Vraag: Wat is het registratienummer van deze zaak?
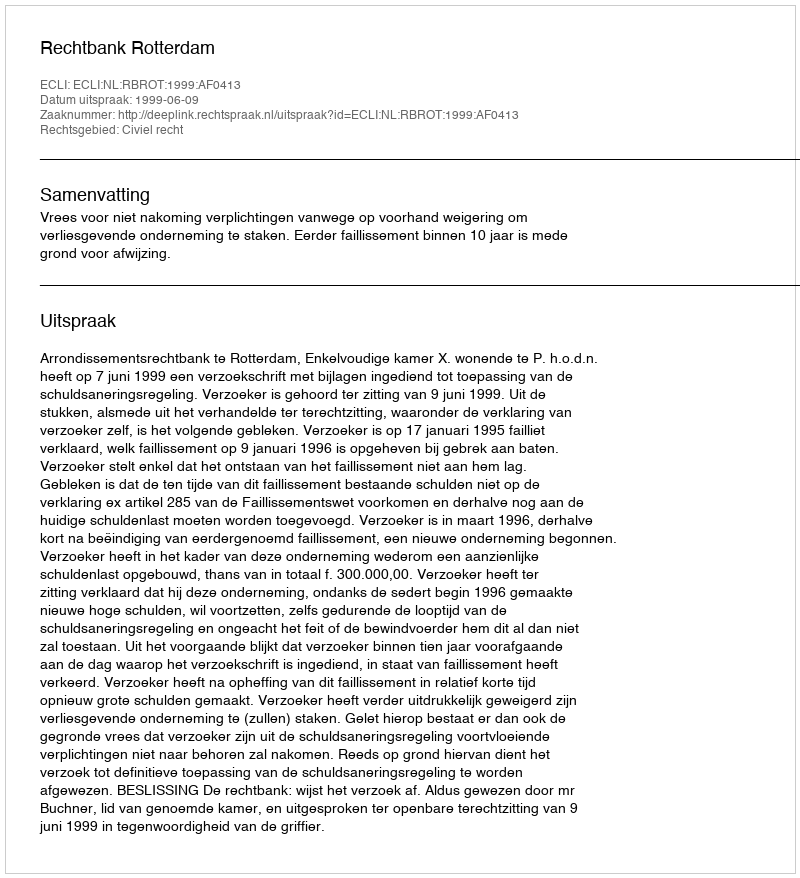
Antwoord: http://deeplink.rechtspraak.nl/uitspraak?id=ECLI:NL:RBROT:1999:AF0413